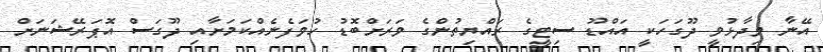
އޭނާ ވިދާޅުވީ ދޫގަހަކީ އައްޑޫ ސިޓީގެ ރައްޔިތުންގެ ވަރަށްބޮޑު ހުވަފެނެއްކަމަށާއި ދޫގަސް އޮޕަރޭޝަނަށް